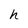
Character: h